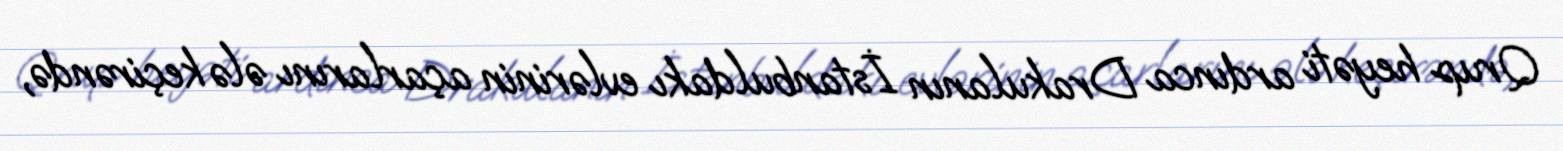
Qrup heyəti ardınca Drakulanın İstanbuldakı evlərinin açarlarını ələ keçirəndə,